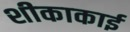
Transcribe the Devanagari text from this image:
शीकाकाई